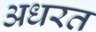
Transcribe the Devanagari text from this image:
अधरत